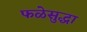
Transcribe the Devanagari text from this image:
फळेसुद्धा